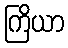
ကြိယာ